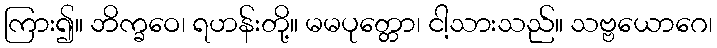
ကြား၍။ ဘိက္ခဝေ၊ ရဟန်းတို့။ မမပုတ္တော၊ ငါ့သားသည်။ သဗ္ဗယောဂေ၊